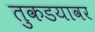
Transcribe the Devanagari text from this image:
तुकडयावर